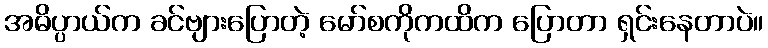
အဓိပ္ပာယ်က ခင်ဗျားပြောတဲ့ မော်စကိုကထိက ပြောတာ ရှင်းနေတာပဲ။